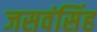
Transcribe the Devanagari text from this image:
जसवंसिंह